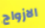
الازواج